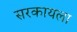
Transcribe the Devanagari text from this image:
सरकायला